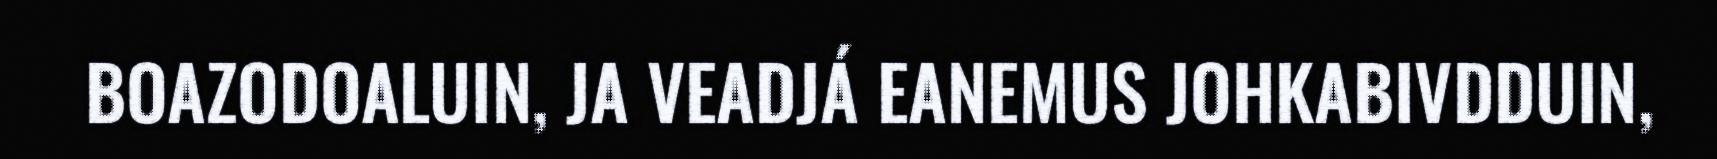
BOAZODOALUIN, JA VEADJÁ EANEMUS JOHKABIVDDUIN,